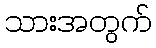
သားအတွက်